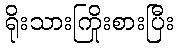
ရိုးသားကြိုးစားပြီး